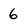
Character: 6